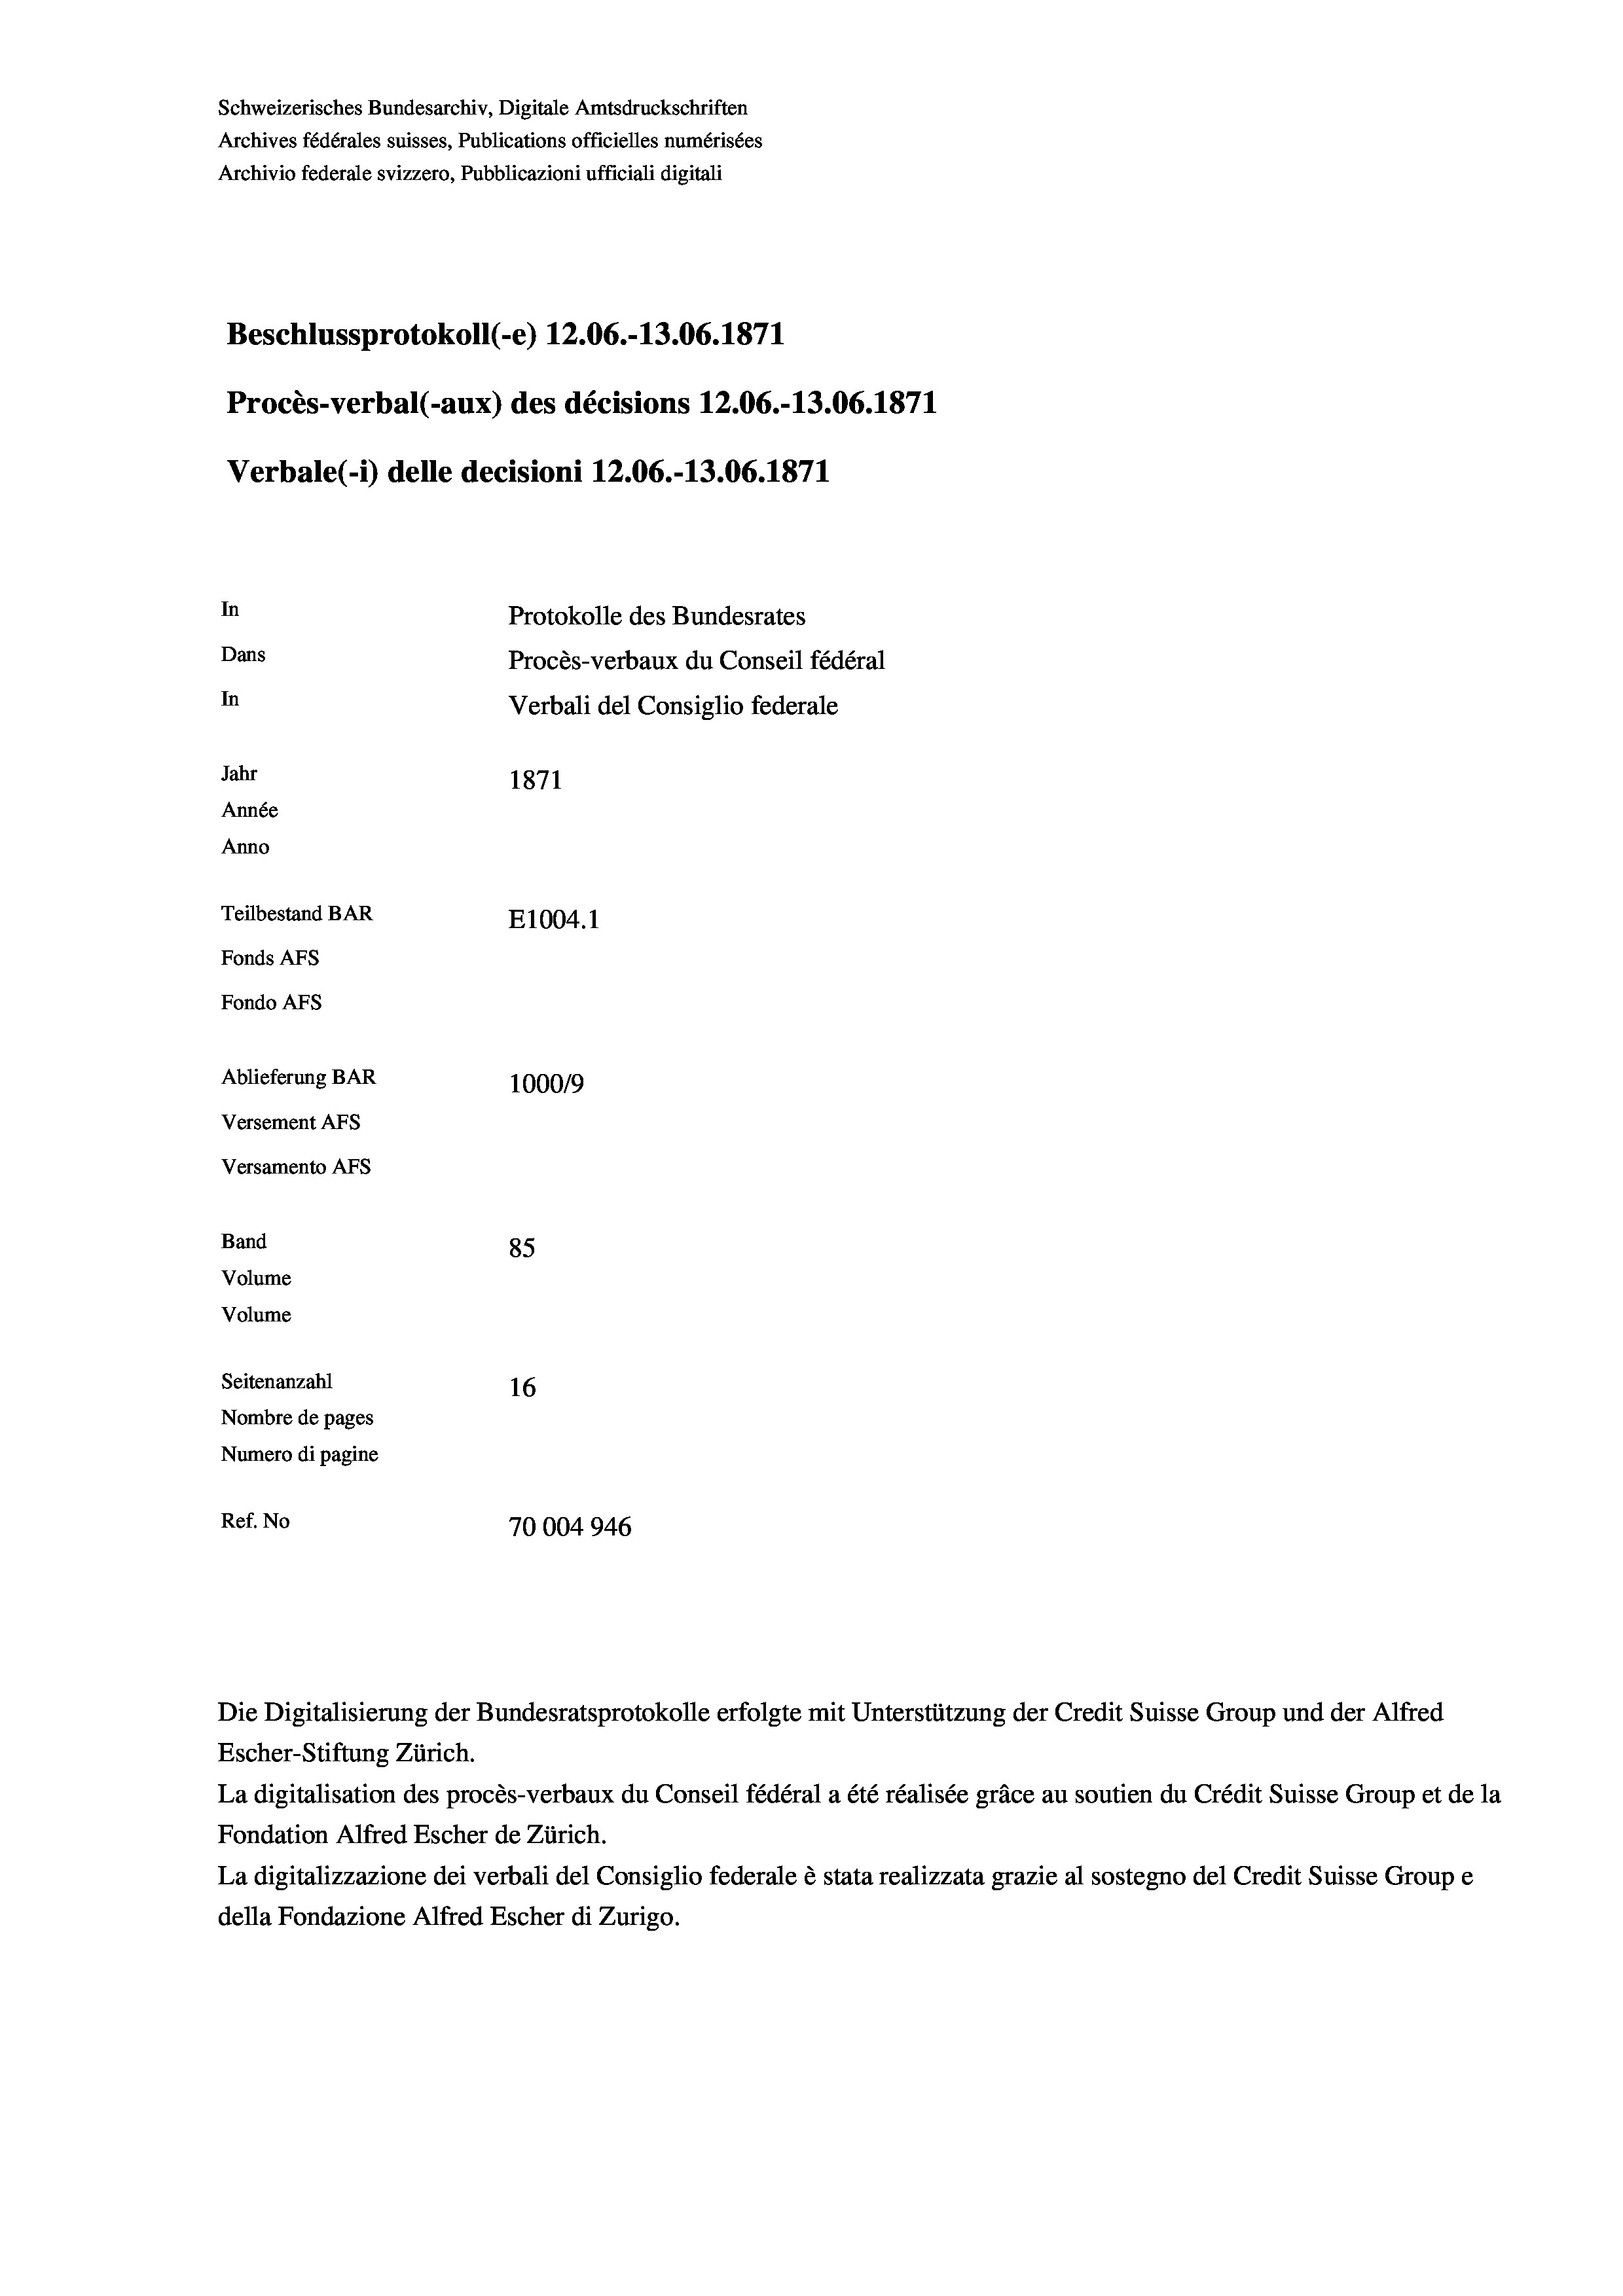
Schweizerisches Bundesarchiv, Digitale Amtsdruckschriften
Archives fédérales suisses, Publications officielles numérisées
Archivio federale svizzero, Pubblicazioni ufficiali digitali
Beschlussprotokoll (-e) 12.06.-13.06. 1871
Procès-verbal (-aux) des décisions 12.06.-13.06. 1871
Verbale (- 1) delle decisioni 12.06.-13.06. 1871
In
Protokolle des Bundesrates
Dans
Procès-verbaux du Conseil fédéral
In
Verbali del Consiglio federale
Jahr
1871
Année
Anno
Teilbestand BAR
E1004. 1
Fonds AFs
Fondo Afs
Ablieferung BAR
100019
Versement AFs
Versamento AFs

Band

85
Seitenanzahl
16
Nombre de pages
Numero di pagine
Ref. No
70004946

Volume

Volume

Escher-Stiftung Zürich.
La digitalisation des procès-verbaux du Conseil fédéral a été réalisée gräce au soutien du Crédit Suisse Group et de la
Fondation Alfred Escher de Zürich.
La digitalizzazione dei verbali del Consiglio federale è stata realizzata grazie al sostegno del Credit Suisse Groupe
della Fondazione Alfred Escher di Zurigo.

Die Digitalisierung der Bundesratsprotokolle erfolgte mit Unterstützung der Credit Suisse Group und der Alfred